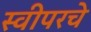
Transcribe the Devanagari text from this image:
स्वीपरचे